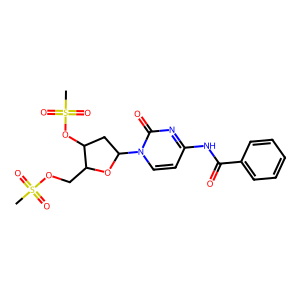
SMILES: CS(=O)(=O)OCC1OC(n2ccc(NC(=O)c3ccccc3)nc2=O)CC1OS(C)(=O)=O
Inhibits HIV replication: No